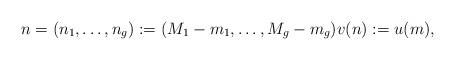
LaTeX: \begin{align*}n = (n_1, \dots, n_g) := (M_1 - m_1, \dots, M_g - m_g) v(n) := u(m),\end{align*}